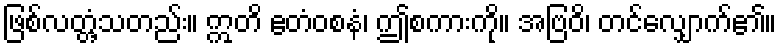
ဖြစ်လတ္တံ့သတည်း။ ဣတိ ဧတံဝစနံ၊ ဤစကားကို။ အဗြဝိ၊ တင်လျှောက်၏။